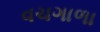
વચગાળા